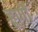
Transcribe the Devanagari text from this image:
हूर्णों